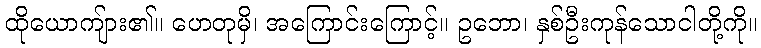
ထိုယောကျ်ား၏။ ဟေတုမှိ၊ အကြောင်းကြောင့်။ ဥဘော၊ နှစ်ဦးကုန်သောငါတို့ကို။